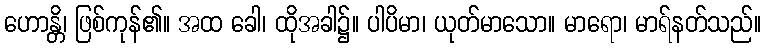
ဟောန္တိ၊ ဖြစ်ကုန်၏။ အထ ခေါ၊ ထိုအခါ၌။ ပါပိမာ၊ ယုတ်မာသော။ မာရော၊ မာရ်နတ်သည်။